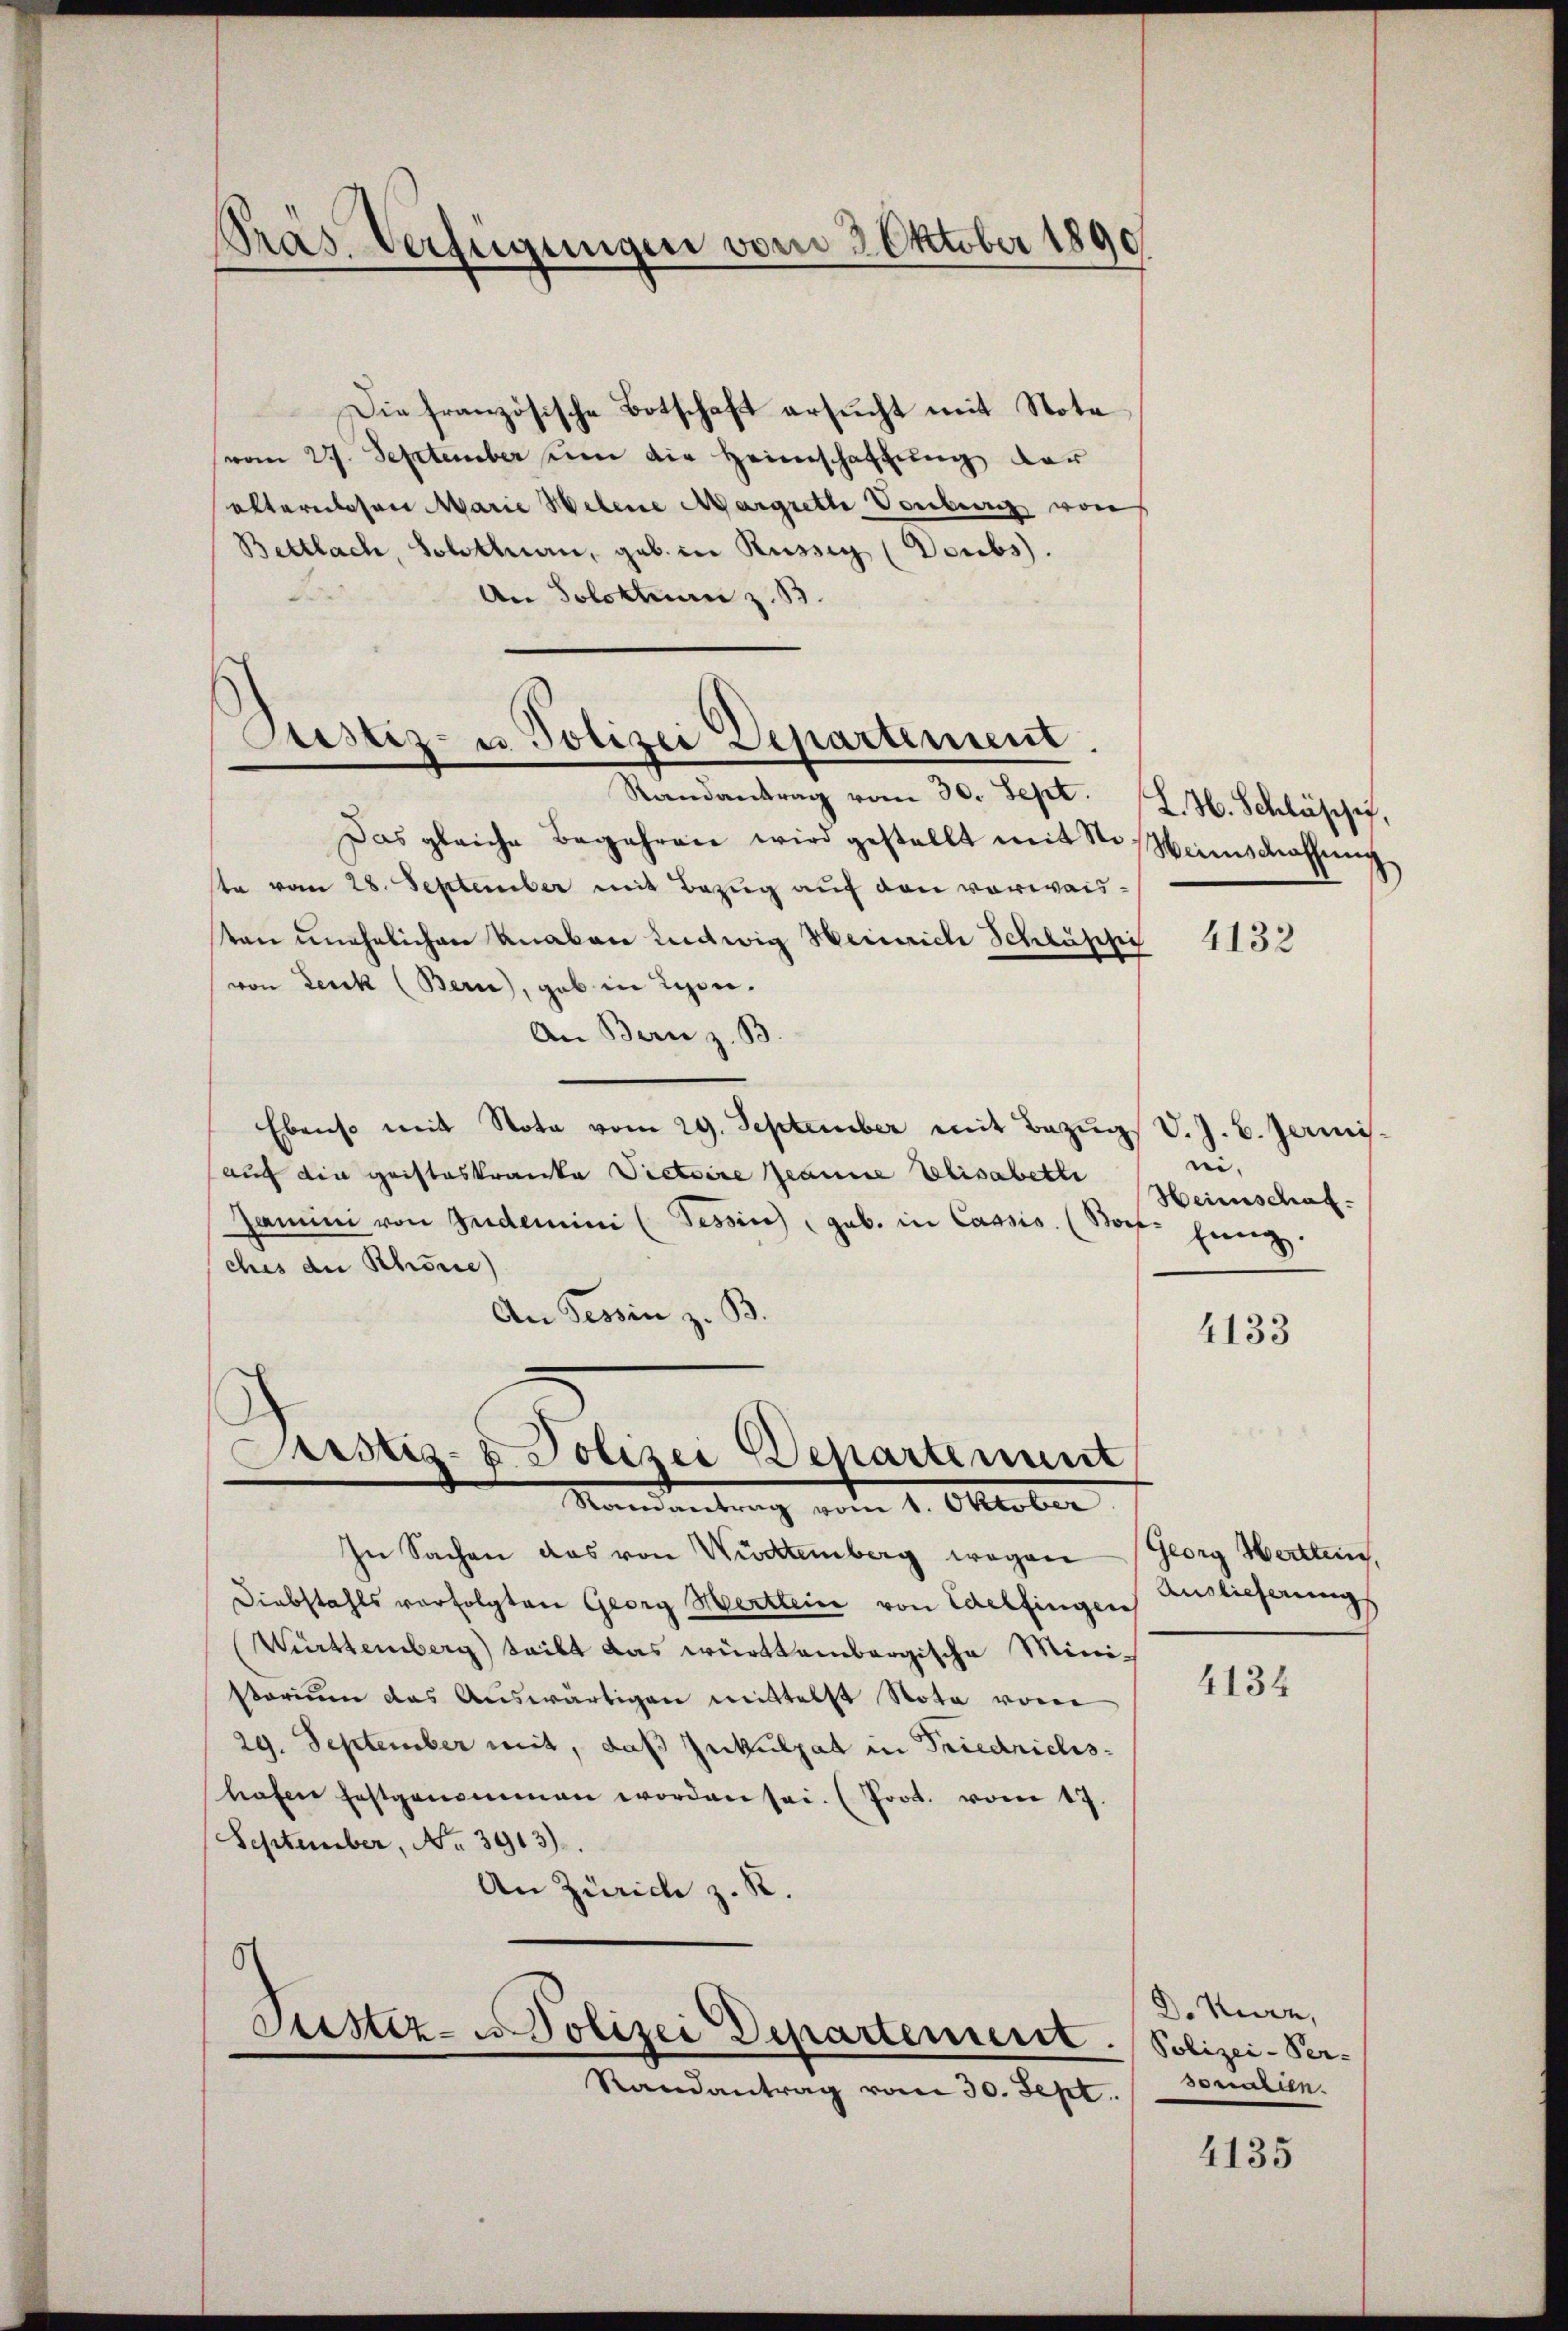
Präs. Verfügungen vom 2. Oktober 1890

n
Die französische Botschaft ersucht mit Note
vom 27. September um die Heimschaffung der
alternlosen Marie Helene Margrette Vorberg von
Bettlach, Solothurn, geb. in Rüssig (Doubs).
An Solothurn z. B.

Justiz- u. Polizei Departement

Randantrag vom 30. Sept.
Das gleiche Begehren wird gestellt mit so seinschaffŭng
te vom 28. September mit Bezug auf den vorwaisten unehelichen Knaben Ludwig Heinriche Schlässi
von Leuk (Bern, gab in Lyon.
An Bern z. B.
Ebenso mit Nota vom 29. September mit Bezŭg v. J. B. Janis-
auf die Gristeskranke Victoire Jeanne Elisabette
Zamini von Zudemini (Tessin gab. in Cassis. (Borte Einig.
ches die Schöne
An Tessin z. B.

Justiz- & Polizei Departement
Mandankung vom 1. Oktober

Justiz- Polizei Departement. Polizei-Per-
Randantrag vom 30. Sept.

In Sachen das von Würtemberg wegen Georg Hertlein,
Diebstahls verfolgten Georg Mertleine von Edelfingen
Württemberg) teilt das württembergische Ministorium das Aŭswärtigen mittelst Nota vom
29. September mit, daß Inkulpat in Friedrichshafen festgenommen worden sei. (Prot. vom 17.
September, No. 3913).
An Zürich z. R.

L. H. Schlüsse,

4132

ni,
Heimschaf

4133

Anslicherungs

4134

D. Kurz,
sonalien.

4135